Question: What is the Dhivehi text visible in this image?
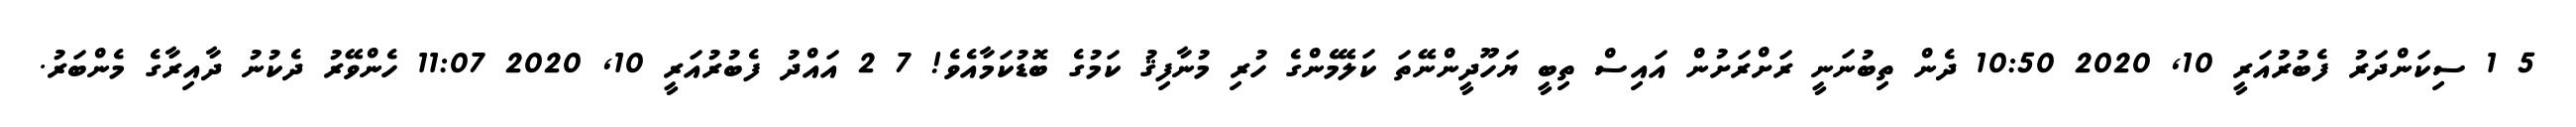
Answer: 5 1 ސިކަންދަރު ފެބުރުއަރީ 10, 2020 10:50 ދެން ތިބުނަނީ ރަށްރަށުން އައިސް ތިބީ ޔަހޫދީންނޭތަ ކަލޭމެންގެ ހުރި މުނާފިޤު ކަމުގެ ބޮޑުކަމާއެވެ! 7 2 އައްދު ފެބުރުއަރީ 10, 2020 11:07 ހެންވޭރު ދެކުނު ދާއިރާގެ މެންބަރު.